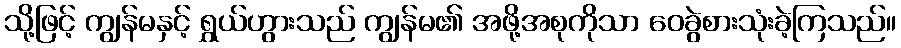
သို့ဖြင့် ကျွန်မနှင့် ရွှယ်ဟွားသည် ကျွန်မ၏ အဖို့အစုကိုသာ ဝေခွဲစားသုံးခဲ့ကြသည်။